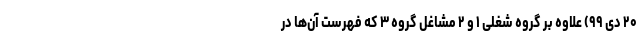
۲۰ دی ۹۹) علاوه بر گروه شغلی ۱ و ۲ مشاغل گروه ۳ که فهرست آن‌ها در